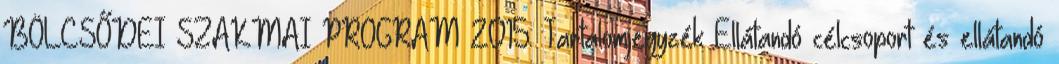
BÖLCSŐDEI SZAKMAI PROGRAM 2015. Tartalomjegyzék Ellátandó célcsoport és ellátandó